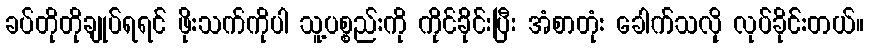
ခပ်တိုတိုချုပ်ရရင် ဖိုးသက်ကိုပါ သူ့ပစ္စည်းကို ကိုင်ခိုင်းပြီး အံစာတုံး ခေါက်သလို လုပ်ခိုင်းတယ်။